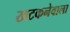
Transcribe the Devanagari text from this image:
खटकनेवाला